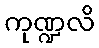
ကုဏ္ဍလိ